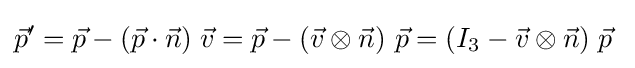
{\vec {p}}'={\vec {p}}-({\vec {p}}\cdot {\vec {n}})\;{\vec {v}}={\vec {p}}-({\vec {v}}\otimes {\vec {n}})~{\vec {p}}=(I_{3}-{\vec {v}}\otimes {\vec {n}})\;{\vec {p}}\